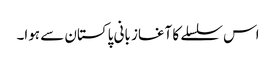
اس سلسلے کا آغاز بانی پاکستان سے ہوا۔